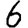
Digit: 6